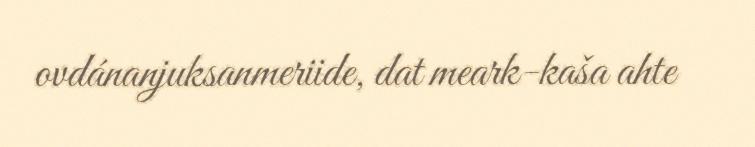
ovdánanjuksanmeriide, dat meark-kaša ahte